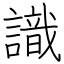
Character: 識